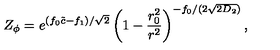
Z _ { \phi } = e ^ { ( f _ { 0 } \tilde { c } - f _ { 1 } ) / \sqrt { 2 } } \left( 1 - \frac { r _ { 0 } ^ { 2 } } { r ^ { 2 } } \right) ^ { - f _ { 0 } / ( 2 \sqrt { 2 D _ { 2 } } ) } ,